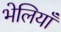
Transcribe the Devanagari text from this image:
भेलियाँ